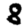
Digit: 8